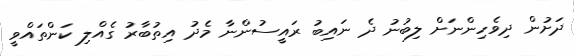
ދަށުން ދިވެހިންނަށް ލިބުނު ދެ ނައިބު ރައީސުންނާ މެދު އިތުބާރު ގެއްލި ކަންތައްވީ